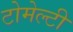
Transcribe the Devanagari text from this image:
टोमेल्टी